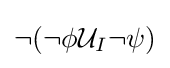
\neg (\neg \phi {\mathcal {U}}_{I}\neg \psi )